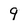
Character: 9